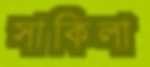
সাকিলা